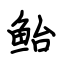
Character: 鲐